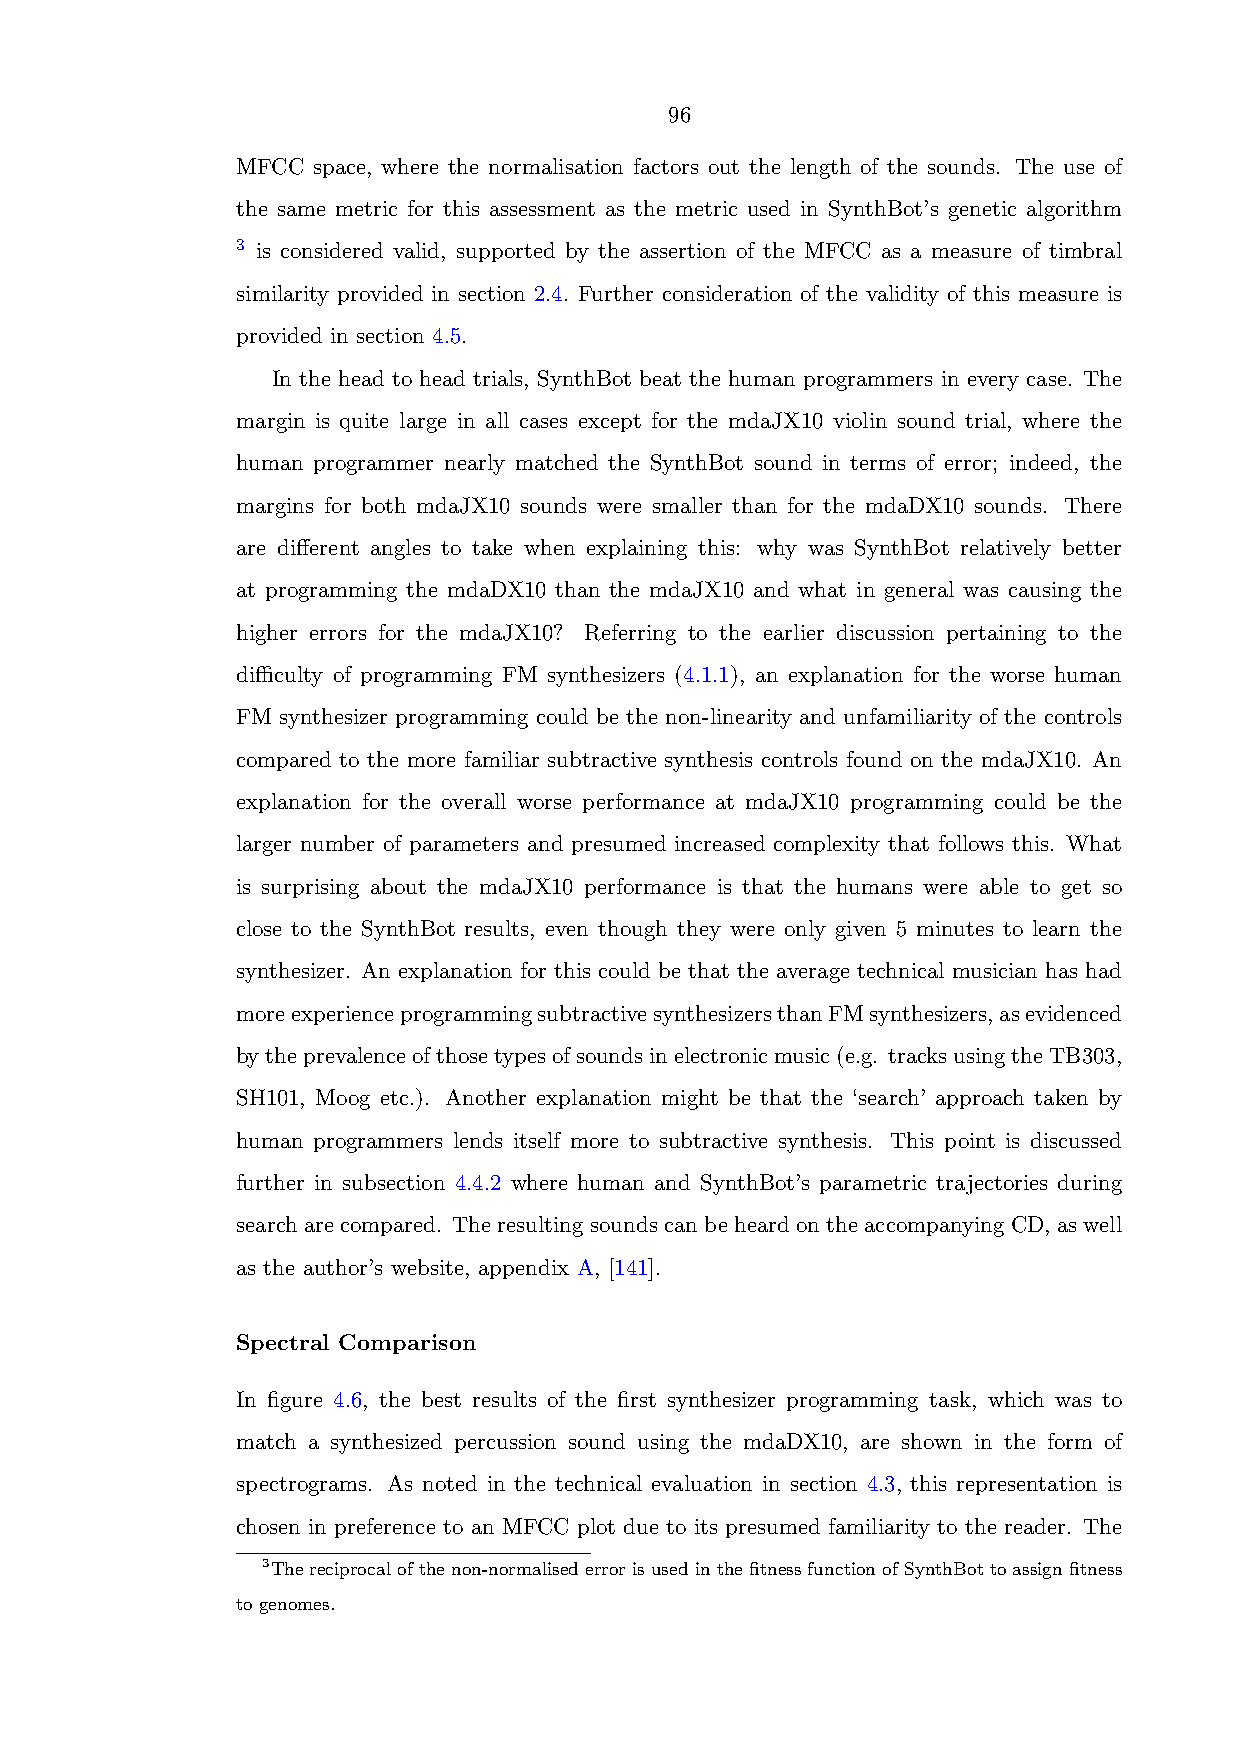
96
 MFCC space, where the normalisation factors out the length of the sounds. The use of
 the same metric for this assessment as the metric used in SynthBot’s genetic algorithm
 3 is considered valid, supported by the assertion of the MFCC as a measure of timbral
 similarity provided in section 2.4. Further consideration of the validity of this measure is
 provided in section 4.5.
 In the head to head trials, SynthBot beat the human programmers in every case. The
 margin is quite large in all cases except for the mdaJX10 violin sound trial, where the
 human programmer nearly matched the SynthBot sound in terms of error; indeed, the
 margins for both mdaJX10 sounds were smaller than for the mdaDX10 sounds. There
 are different angles to take when explaining this: why was SynthBot relatively better
 at programming the mdaDX10 than the mdaJX10 and what in general was causing the
 higher errors for the mdaJX10? Referring to the earlier discussion pertaining to the
 difficulty of programming FM synthesizers (4.1.1), an explanation for the worse human
 FM synthesizer programming could be the non-linearity and unfamiliarity of the controls
 compared to the more familiar subtractive synthesis controls found on the mdaJX10. An
 explanation for the overall worse performance at mdaJX10 programming could be the
 larger number of parameters and presumed increased complexity that follows this. What
 is surprising about the mdaJX10 performance is that the humans were able to get so
 close to the SynthBot results, even though they were only given 5 minutes to learn the
 synthesizer. An explanation for this could be that the average technical musician has had
 moreexperienceprogrammingsubtractivesynthesizersthanFMsynthesizers,asevidenced
 bytheprevalenceofthosetypesofsoundsinelectronicmusic(e.g. tracksusingtheTB303,
 SH101, Moog etc.). Another explanation might be that the ‘search’ approach taken by
 human programmers lends itself more to subtractive synthesis. This point is discussed
 further in subsection 4.4.2 where human and SynthBot’s parametric trajectories during
 search are compared. The resulting sounds can be heard on the accompanying CD, as well
 as the author’s website, appendix A, [141].
 Spectral Comparison
 In figure 4.6, the best results of the first synthesizer programming task, which was to
 match a synthesized percussion sound using the mdaDX10, are shown in the form of
 spectrograms. As noted in the technical evaluation in section 4.3, this representation is
 chosen in preference to an MFCC plot due to its presumed familiarity to the reader. The
 3Thereciprocalofthenon-normalisederrorisusedinthefitnessfunctionofSynthBottoassignfitness
 to genomes.